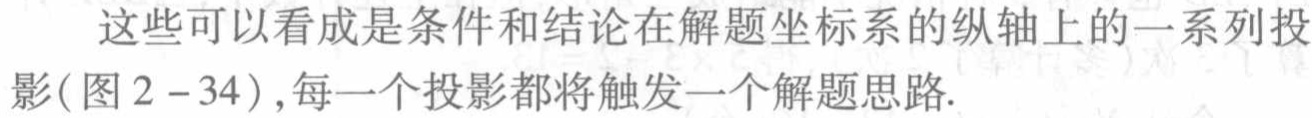
这些可以看成是条件和结论在解题坐标系的纵轴上的一系列投影(图 \(2 - 34\)) ,每一个投影都将触发一个解题思路.